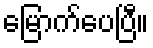
မြောက်ပေပြီ။